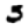
Digit: 5